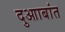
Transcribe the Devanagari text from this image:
दुआाबांत